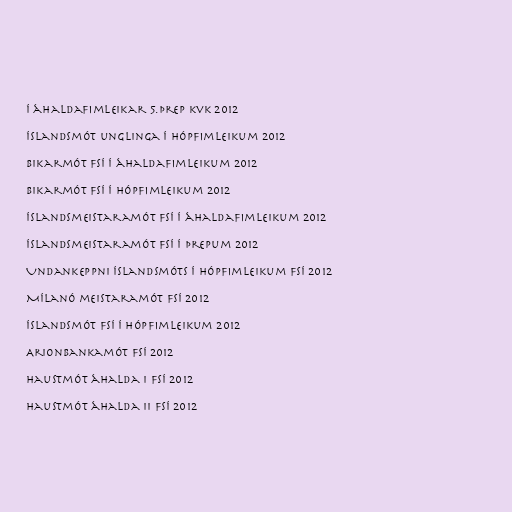
Í áhaldafimleikar 5.þrep kvk 2012

Íslandsmót unglinga í hópfimleikum 2012

Bikarmót FSÍ í áhaldafimleikum 2012

Bikarmót FSÍ í hópfimleikum 2012

Íslandsmeistaramót FSÍ í áhaldafimleikum 2012

Íslandsmeistaramót FSÍ í þrepum 2012

Undankeppni Íslandsmóts í hópfimleikum FSÍ 2012

Mílanó meistaramót FSÍ 2012

Íslandsmót FSÍ í hópfimleikum 2012

Arionbankamót FSÍ 2012

Haustmót áhalda I FSÍ 2012

Haustmót áhalda II FSÍ 2012